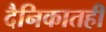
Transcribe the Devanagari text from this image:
दैनिकातही